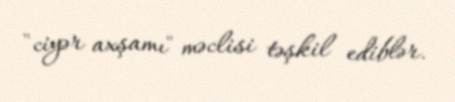
"ciyər axşamı" məclisi təşkil ediblər.